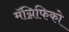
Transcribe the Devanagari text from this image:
मॅग्निफिको